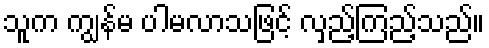
သူက ကျွန်မ ပါမလာသဖြင့် လှည့်ကြည့်သည်။